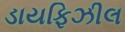
ડાયફિઝીલ